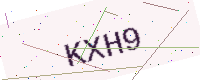
Text: KXH9